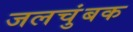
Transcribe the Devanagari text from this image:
जलचुंबक